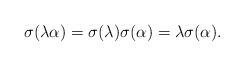
LaTeX: \begin{align*}\sigma(\lambda\alpha)=\sigma(\lambda)\sigma(\alpha)=\lambda\sigma(\alpha).\end{align*}